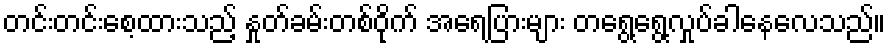
တင်းတင်းစေ့ထားသည့် နှုတ်ခမ်းတစ်ဝိုက် အရေပြားများ တရွေ့ရွေ့လှုပ်ခါနေလေသည်။